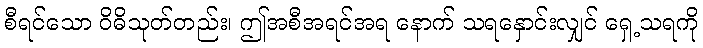
စီရင်သော ဝိဓိသုတ်တည်း၊ ဤအစီအရင်အရ နောက် သရနှောင်းလျှင် ရှေ့သရကို